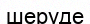
шеруде